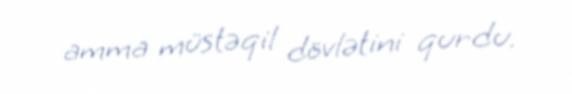
amma müstəqil dövlətini qurdu.